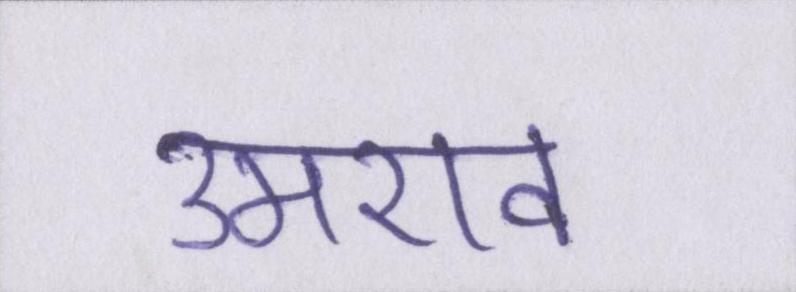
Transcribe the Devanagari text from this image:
उमराव